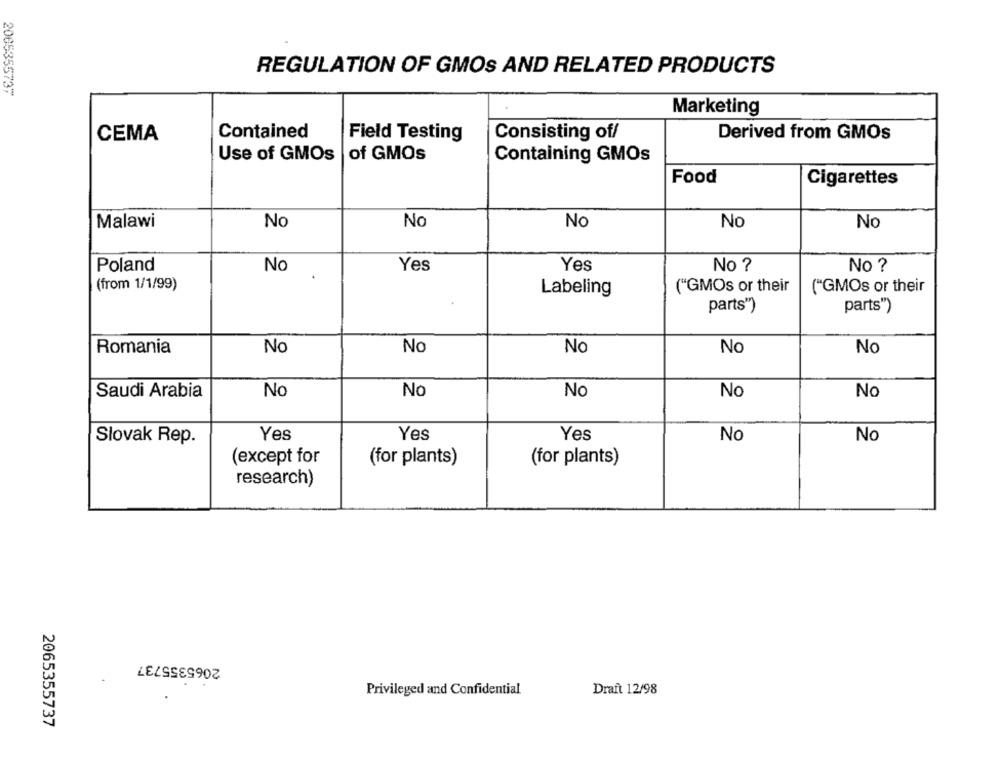
REGULATION OF GMOS AND RELATED PRODUCTS
2005355737
Marketing
CEMA
Contained
Field Testing
Consisting of/
Derived from GMOs
Use of GMOs
of GMOs
Containing GMOs
Food
Cigarettes
Malawi
No
No
No
No
No
Poland
No ?
No
.
Yes
Yes
No ?
(from 1/1/99)
("GMOs or their
("GMOs or their
Labeling
parts")
parts")
Romania
No
No
No
No
No
Saudi Arabia
No
No
No
No
No
Slovak Rep.
Yes
Yes
Yes
No
No
(except for
(for plants)
(for plants)
research)
2065355737
..
Privileged and Confidential
Draft 12/98
2065355737